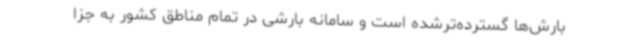
بارش‌ها گسترده‌ترشده است و سامانه بارشی در تمام مناطق کشور به جزا